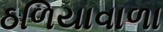
ઠળિયાવાળા